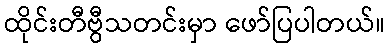
ထိုင်းတီဗွီသတင်းမှာ ဖော်ပြပါတယ်။